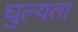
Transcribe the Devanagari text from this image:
घुल्यता